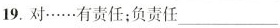
19.对……有责任；负责任___